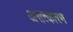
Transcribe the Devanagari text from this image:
असत्कारण